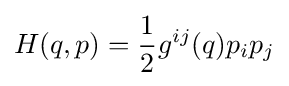
H(q,p)={\frac {1}{2}}g^{ij}(q)p_{i}p_{j}